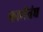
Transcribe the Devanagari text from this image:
कार्यसंघ